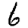
Digit: 6